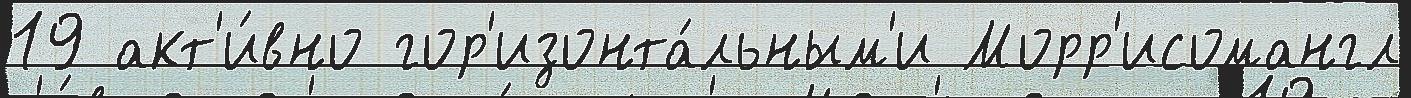
19 акт'и́вно гор'изонта́льным'и Морр'исомангл